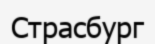
Страсбург